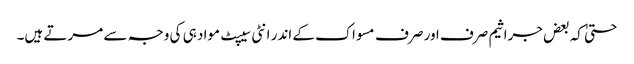
حتیٰ کہ بعض جراثیم صرف اور صرف مسواک کے اندر انٹی سیپٹ مواد ہی کی وجہ سے مرتے ہیں۔